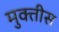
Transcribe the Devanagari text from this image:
मुक्तीस